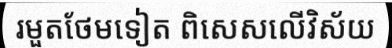
រមួតថែមទៀត ពិសេសលើវិស័យ